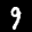
Label: 9